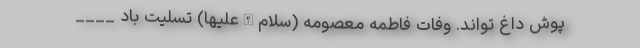
پوش داغ تواند. وفات فاطمه معصومه (سلام‌الله‌علیها) تسلیت باد ____